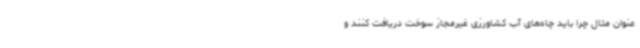
عنوان مثال چرا باید چاه‌های آب کشاورزی غیرمجاز سوخت دریافت کنند و